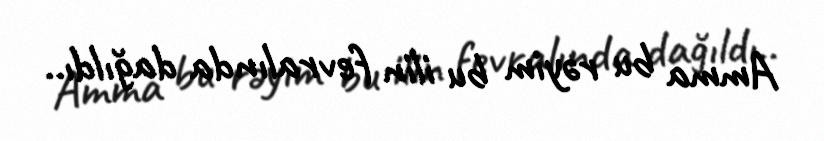
Amma bu rəyim bu ilin fevralında dağıldı..